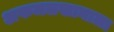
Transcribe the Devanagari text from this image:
अफजलखानाला